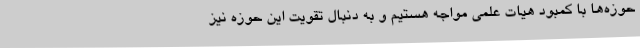
حوزه‌ها با کمبود هیات علمی مواجه هستیم و به دنبال تقویت این حوزه نیز